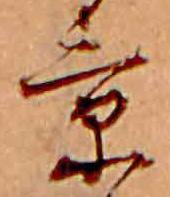
景